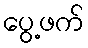
ပွေ့ဖက်